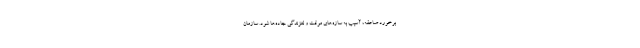
برخورد صاعقه، آسیب به سازه‌های موقت و لغزندگی جاده‌ها شود. سازمان